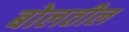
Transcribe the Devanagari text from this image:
बोलतील